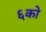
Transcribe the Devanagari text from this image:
६को